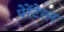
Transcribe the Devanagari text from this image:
पेरेंटेरल